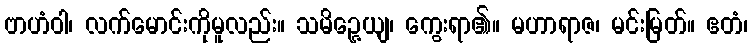
ဗာဟံဝါ၊ လက်မောင်းကိုမူလည်း။ သမိဉ္ဇေယျ၊ ကွေးရာ၏။ မဟာရာဇ၊ မင်းမြတ်။ ဧတံ၊